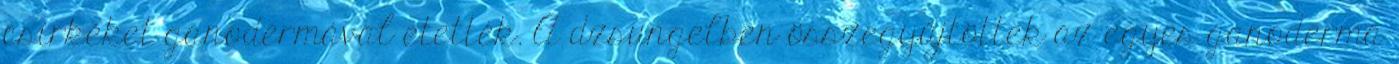
csirkéket ganodermával etették. A dzsungelben összegyűjtöttek az egyes ganoderma